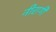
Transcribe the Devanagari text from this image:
नीरागी